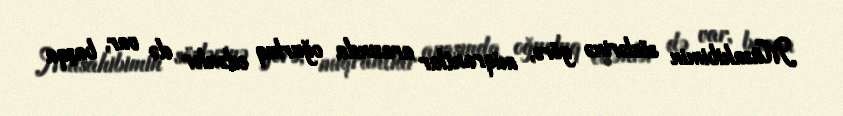
Müsahibimin sözlərinə görə, miqrantlar arasında oğurluq edənlər də var, başqa